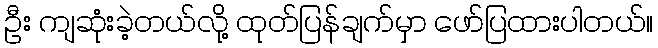
ဦး ကျဆုံးခဲ့တယ်လို့ ထုတ်ပြန်ချက်မှာ ဖော်ပြထားပါတယ်။